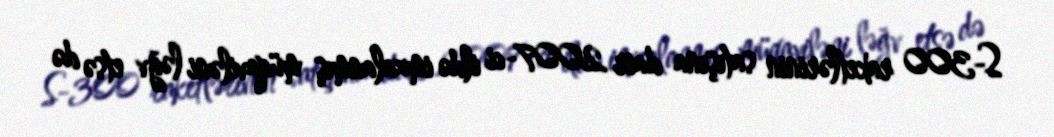
S-300 raketlərinin satışına dair 2007-ci ildə imzalanmış müqaviləni ləğv etsə də